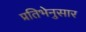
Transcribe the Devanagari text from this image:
प्रतिभेनुसार